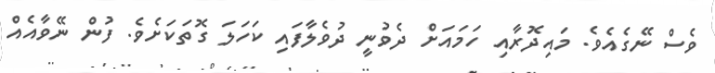
ވެސް ނޭގެއެވެ. މައިދޮރާއި ހަމައަށް ދެވުނީ ދުވެލާފައި ކަހަލަ ގޮތަކަށެވެ. ފުން ނޭވާއެއް